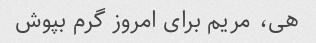
هی، مریم برای امروز گرم بپوش